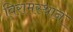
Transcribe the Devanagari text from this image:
विरामस्थान